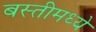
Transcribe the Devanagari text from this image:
बस्तीमध्ये